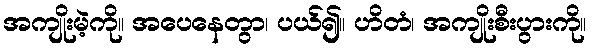
အကျိုးမဲ့ကို။ အပေနေတွာ၊ ပယ်၍။ ဟိတံ၊ အကျိုးစီးပွားကို။